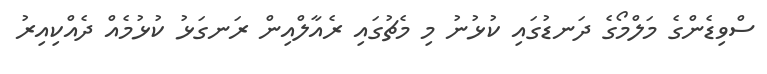
ސްވިޑެންގެ މަލްމޯގެ ދަނޑުގައި ކުޅުނު މި މެޗުގައި ރެއާލްއިން ރަނގަޅު ކުޅުމެއް ދެއްކިއިރު